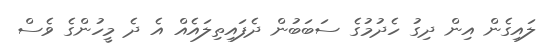
ލައިގެން އިން ދިގު ހެދުމުގެ ސަބަބުން ދެފައިތިލައެއް އެ ދެ މީހުންގެ ވެސް